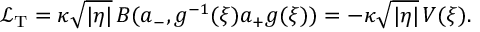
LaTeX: \mathcal L _ { \mathrm T } = \kappa \sqrt { | \eta | } \, B ( a _ { - } , g ^ { - 1 } ( \xi ) a _ { + } g ( \xi ) ) = - \kappa \sqrt { | \eta | } \, V ( \xi ) .